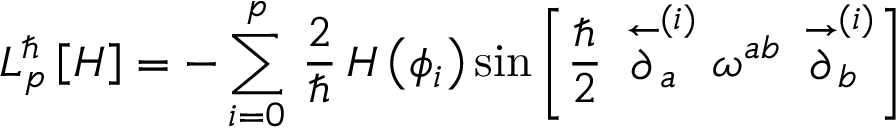
{ \cal L } _ { p } ^ { \hbar } \left[ H \right] = - \sum _ { i = 0 } ^ { p } \, \frac { 2 } { \hbar } \, H \left( \phi _ { i } \right) \sin \left[ \frac { \hbar } { 2 } \, \stackrel { \leftarrow } { \partial } _ { a } ^ { ( i ) } \omega ^ { a b } \, \stackrel { \rightarrow } { \partial } _ { b } ^ { ( i ) } \right]